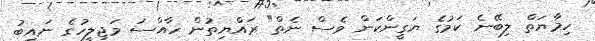
ހިމާޔަތް ލިބޭނެ ކަމުގެ ޔަގީންކަން ވެސް ނެތް" ރައްޔިތުން ހާއްސަ މަޖިލީހުގެ ނައިބު